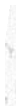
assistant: ויפקד